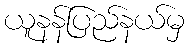
ယူနန်ပြည်နယ်မှ